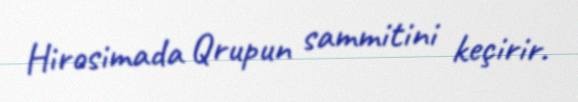
Hirosimada Qrupun sammitini keçirir.